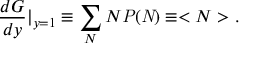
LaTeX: \frac { d { \cal G } } { d y } | _ { y = 1 } \equiv \sum _ { N } N { \it P ( N ) } \equiv < N > .